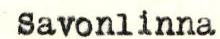
Savonlinna